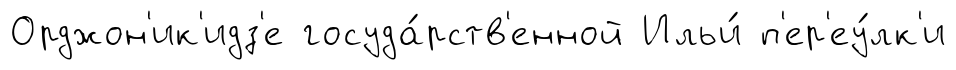
Орджон'ик'идз'е госуда́рств'енной Ильи́ п'ер'еу́лк'и